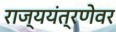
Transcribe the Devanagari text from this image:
राज्ययंत्रणेवर